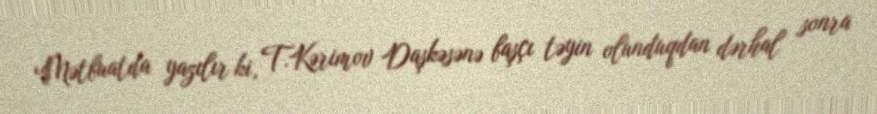
Mətbuatda yazılır ki, T.Kərimov Daşkəsənə başçı təyin olunduqdan dərhal sonra